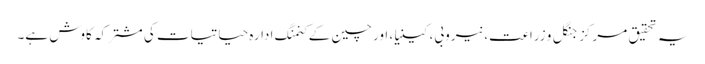
یہ تحقیق مرکز جنگل و زراعت، نیروبی، کینیا، اور چین کے کنمنگ ادارہ حیاتیات کی مشترکہ کاوش ہے۔